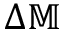
\Delta \mathbb { M }